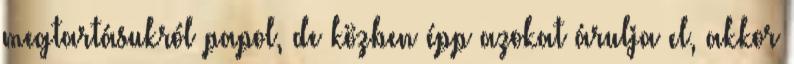
megtartásukról papol, de közben épp azokat árulja el, akkor